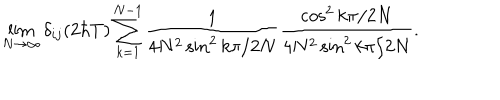
LaTeX: \lim _ { N \rightarrow \infty } \delta _ { i j } ( 2 \hbar T ) \sum _ { k = 1 } ^ { N - 1 } \frac { 1 } { 4 N ^ { 2 } \sin ^ { 2 } k \pi / 2 N } \frac { \cos ^ { 2 } k \pi / 2 N } { 4 N ^ { 2 } \sin ^ { 2 } k \pi / 2 N } .